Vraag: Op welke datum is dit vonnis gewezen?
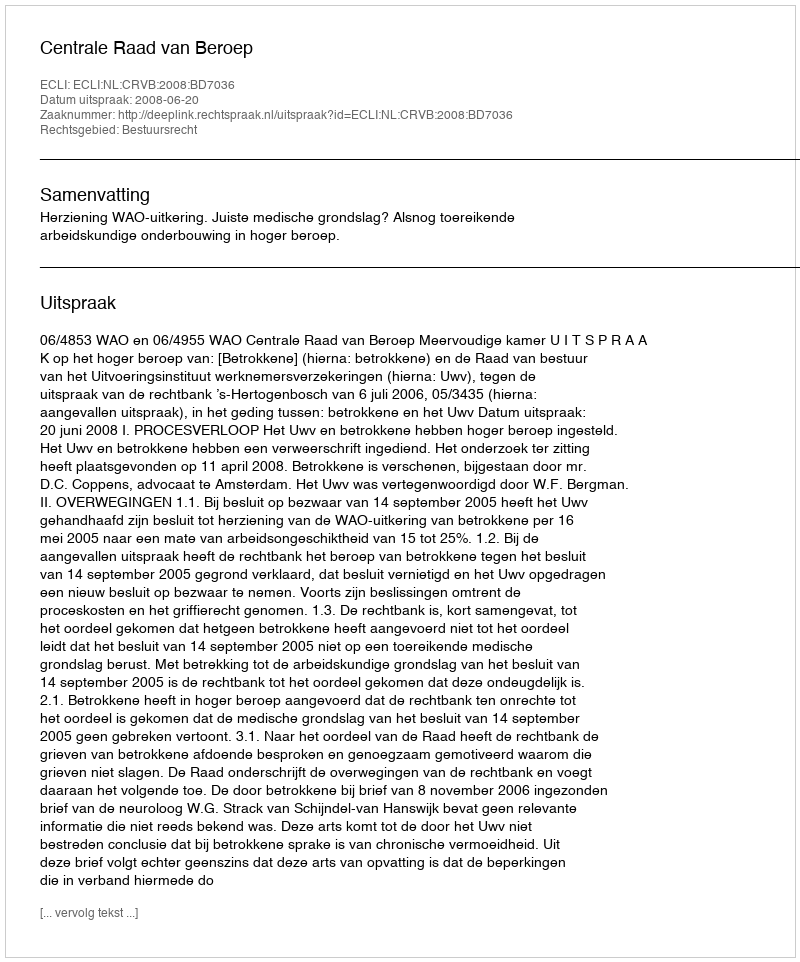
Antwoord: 2008-06-20